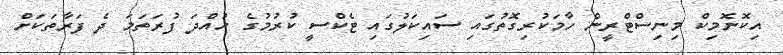
އިކޮނޮމިކް މިނިސްޓްރީން ހާމަކުރިގޮތުގައި ސައިކަލުގައި ޓެކްސީ ކުރުމުގެ ހުއްދަ ފުރަތަމަ ދެ ފަރާތަކަށް